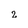
Character: 2